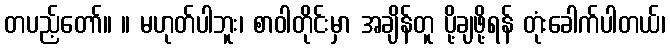
တပည့်တော်။ ။ မဟုတ်ပါဘူး၊ စာဝါတိုင်းမှာ အချိန်တူ ပို့ချဖို့ရန် တုံးခေါက်ပါတယ်၊